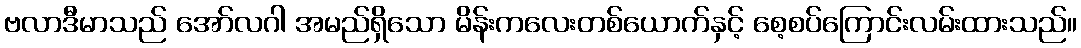
ဗလာဒီမာသည် အော်လဂါ အမည်ရှိသော မိန်းကလေးတစ်ယောက်နှင့် စေ့စပ်ကြောင်းလမ်းထားသည်။